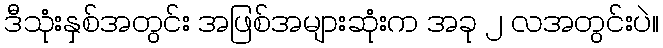
ဒီသုံးနှစ်အတွင်း အဖြစ်အများဆုံးက အခု ၂ လအတွင်းပဲ။